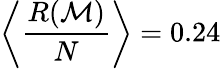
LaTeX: \left<\frac{R(\mathcal{M})}{N}\right>=0.24